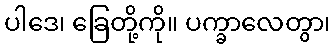
ပါဒေ၊ ခြေတို့ကို။ ပက္ခာလေတွာ၊